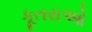
કૂતરાઓ